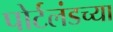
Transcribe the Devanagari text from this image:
पोर्टलंडच्या